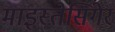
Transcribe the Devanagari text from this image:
माइस्तेसिंगेर